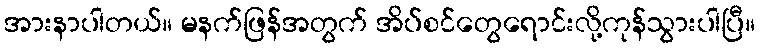
အားနာပါတယ်။ မနက်ဖြန်အတွက် အိပ်စင်တွေရောင်းလို့ကုန်သွားပါပြီ။